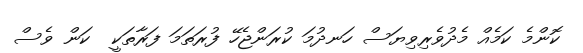
ކޮންމެ ކަމެއް މެދުވެރިވިޔަސް ހަނދުމަ ކުރަންޖެހޭ ފުރަތަމަ ފަރާތަކީ  ކަން ވެސް